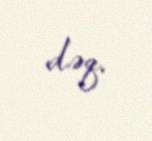
dəq.